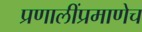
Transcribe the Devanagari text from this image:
प्रणालींप्रमाणेच